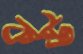
কষ্ট